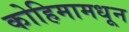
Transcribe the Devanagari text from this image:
कोहिमामधून